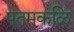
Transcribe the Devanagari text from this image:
पूतमकळि